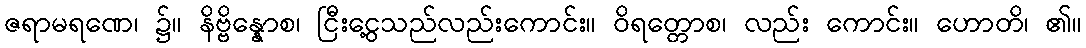
ဇရာမရဏေ၊ ၌။ နိဗ္ဗိန္နောစ၊ ငြီးငွေ့သည်လည်းကောင်း။ ဝိရတ္တောစ၊ လည်း ကောင်း။ ဟောတိ၊ ၏။